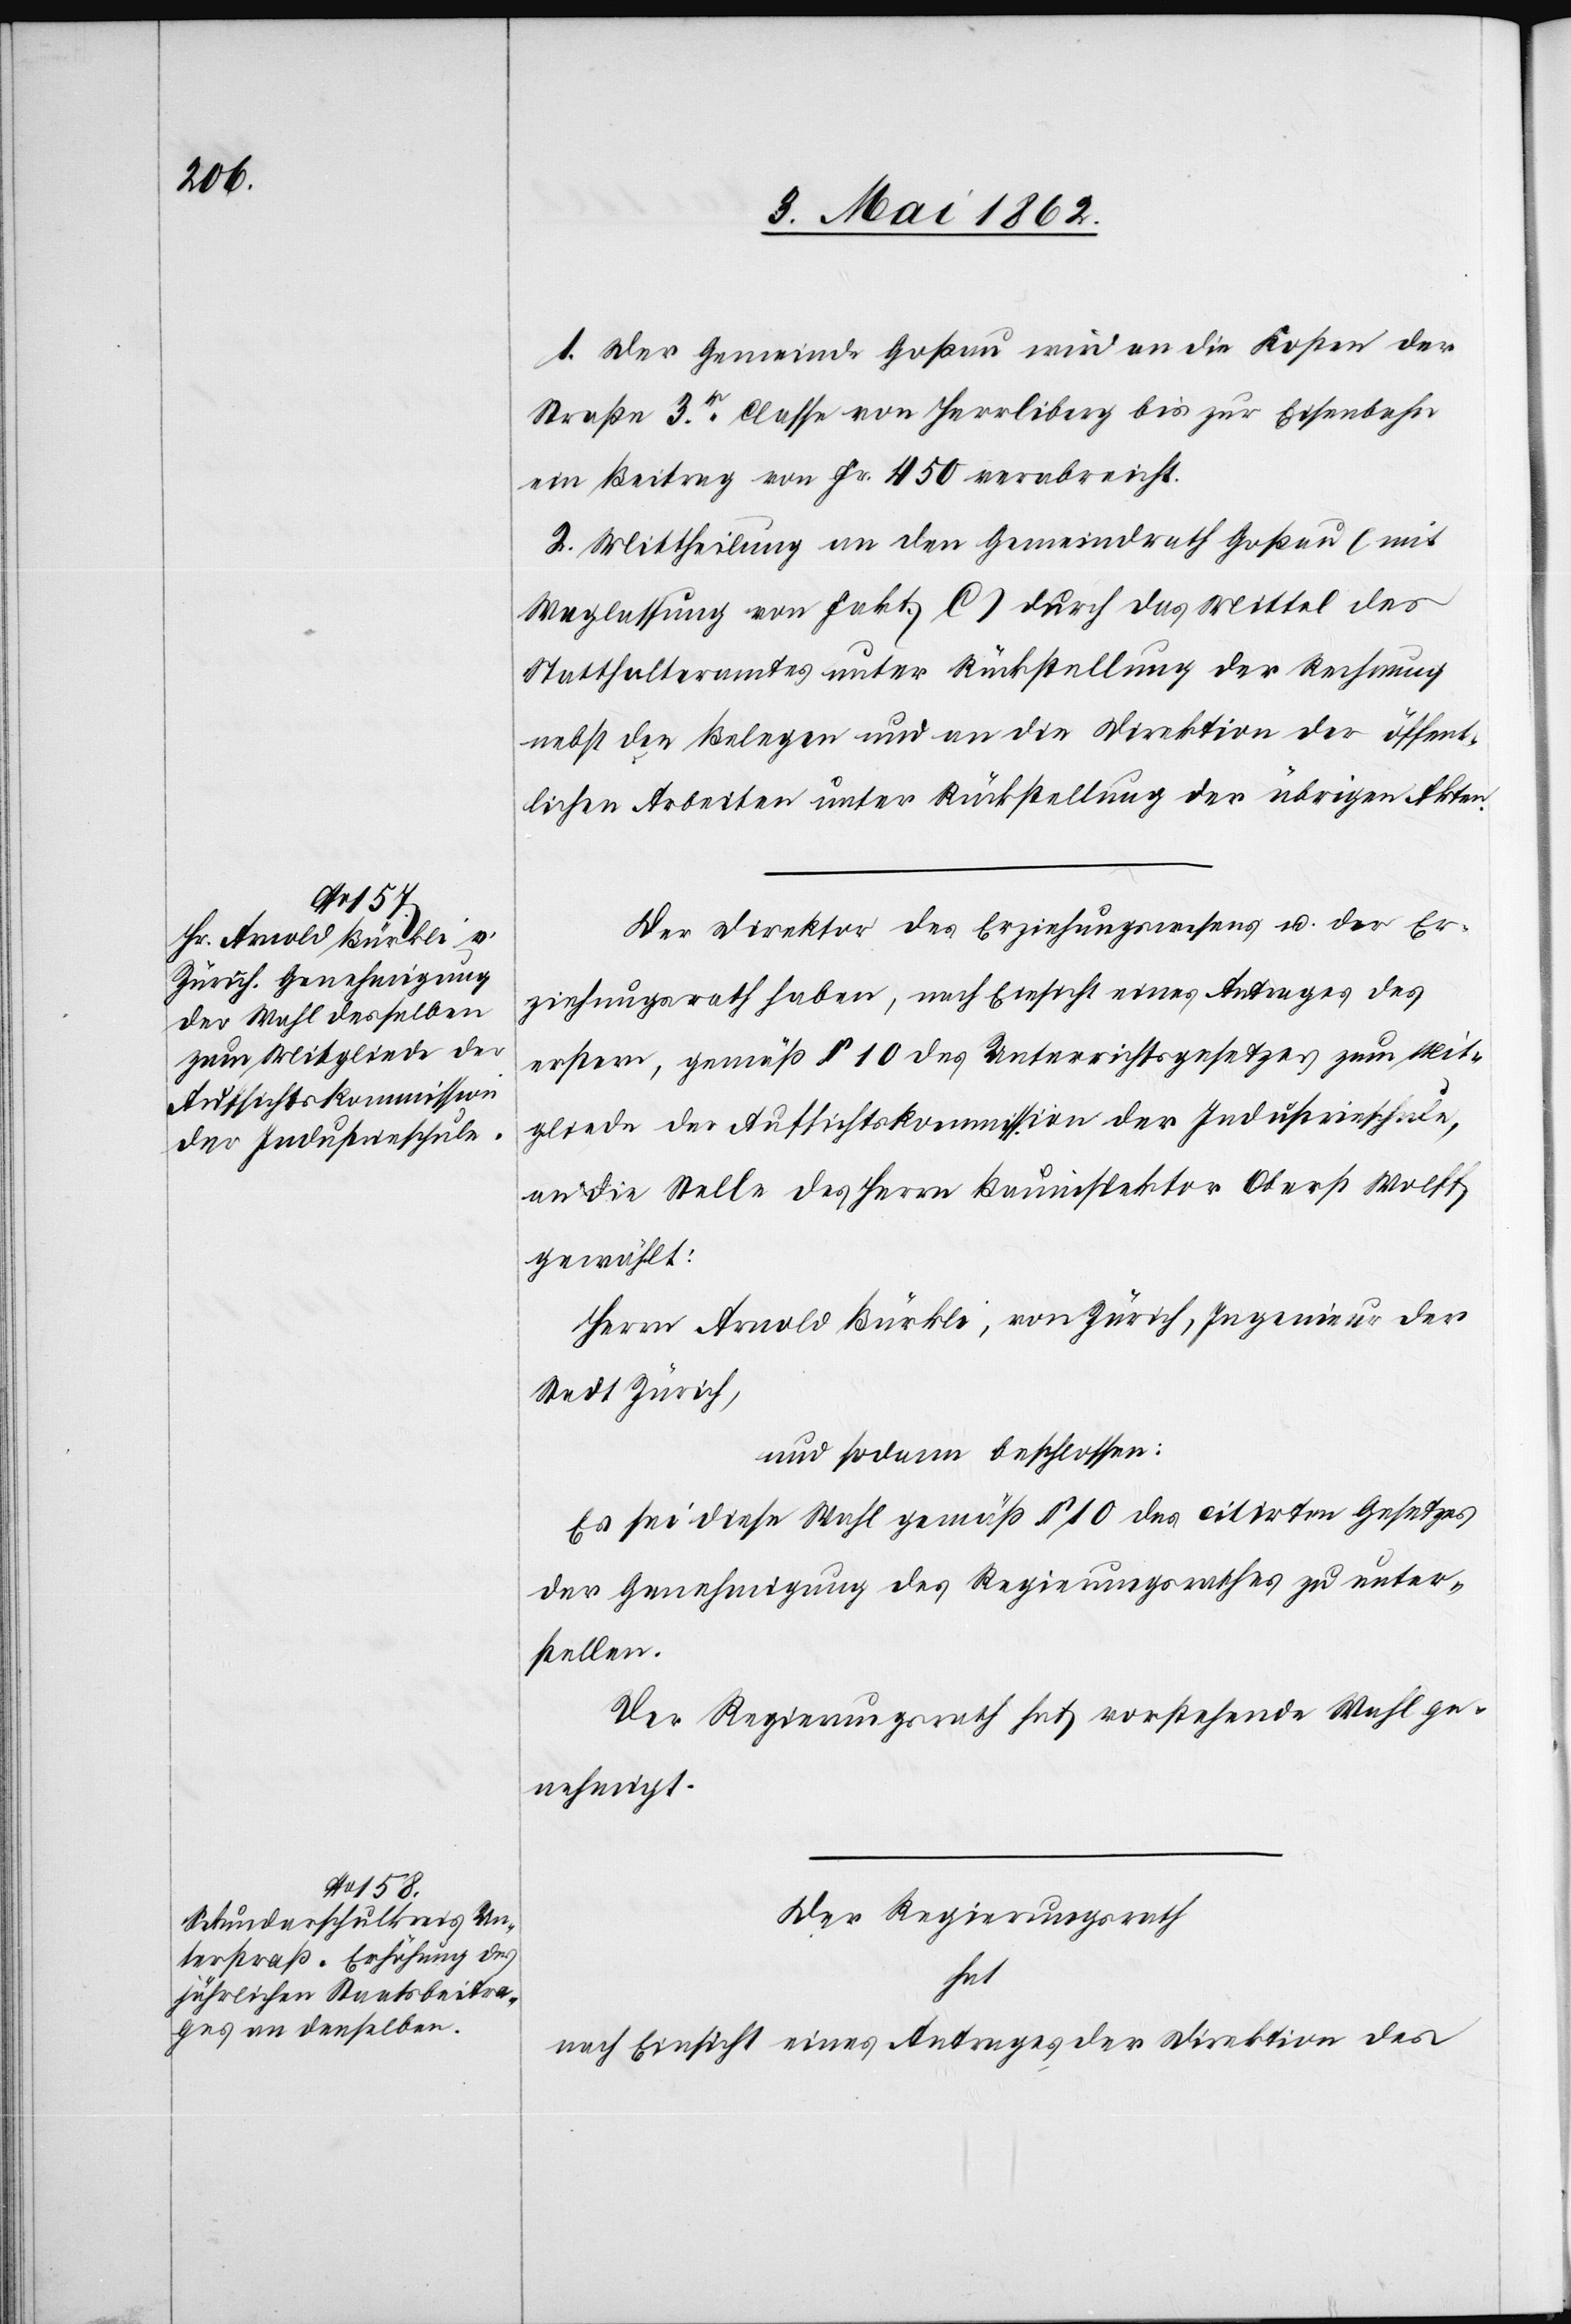
1. Der Gemeinde Goßau wird an die Kosten der
Straße 3r. Classe von Herrliberg bis zur Eisenbahn
ein Beitrag von Fr. 450 verabreicht.
2. Mittheilung an den Gemeindrath Goßau (mit
Weglassung von Fakt. C) durch das Mittel des
Statthalteramtes unter Rückstellung der Rechnung
nebst den Belegen und an die Direktion der öffent¬
lichen Arbeiten unter Rückstellung der übrigen Akten.
Der Direktor des Erziehungswesens u. der Er¬
ziehungsrath haben, nach Einsicht eines Antrages des
erstern, gemäß § 10 des Unterrichtsgesetzes zum Mit¬
gliede der Aufsichtskommission der Industrieschule,
an die Stelle des Herrn Bauinspektors Oberst Wolff,
gewählt
Herrn Arnold Bürkli, von Zürich, Ingenieur der
Stadt Zürich,
und sodann beschlossen:
Es sei diese Wahl gemäß § 10 des citirten Gesetzes
der Genehmigung des Regierungsrathes zu unter¬
stellen.
Der Regierungsrath hat vorstehende Wahl ge¬
nehmigt.
Der Regierungsrath
hat
nach Einsicht eines Antrages der Direktion des